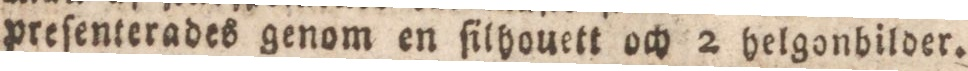
preſenterades genom en ſilhouett och 2 belgonbilder.